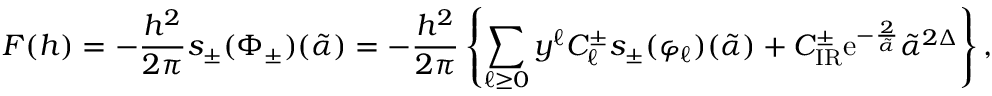
{ \cal F } ( h ) = - \frac { h ^ { 2 } } { 2 \pi } s _ { \pm } ( \Phi _ { \pm } ) ( \tilde { \alpha } ) = - \frac { h ^ { 2 } } { 2 \pi } \left\{ \sum _ { \ell \geq 0 } y ^ { \ell } { \cal C } _ { \ell } ^ { \pm } s _ { \pm } ( \varphi _ { \ell } ) ( \tilde { \alpha } ) + { \cal C } _ { \mathrm { I R } } ^ { \pm } \mathrm { e } ^ { - \frac { 2 } { \tilde { \alpha } } } \tilde { \alpha } ^ { 2 \Delta } \right\} ,